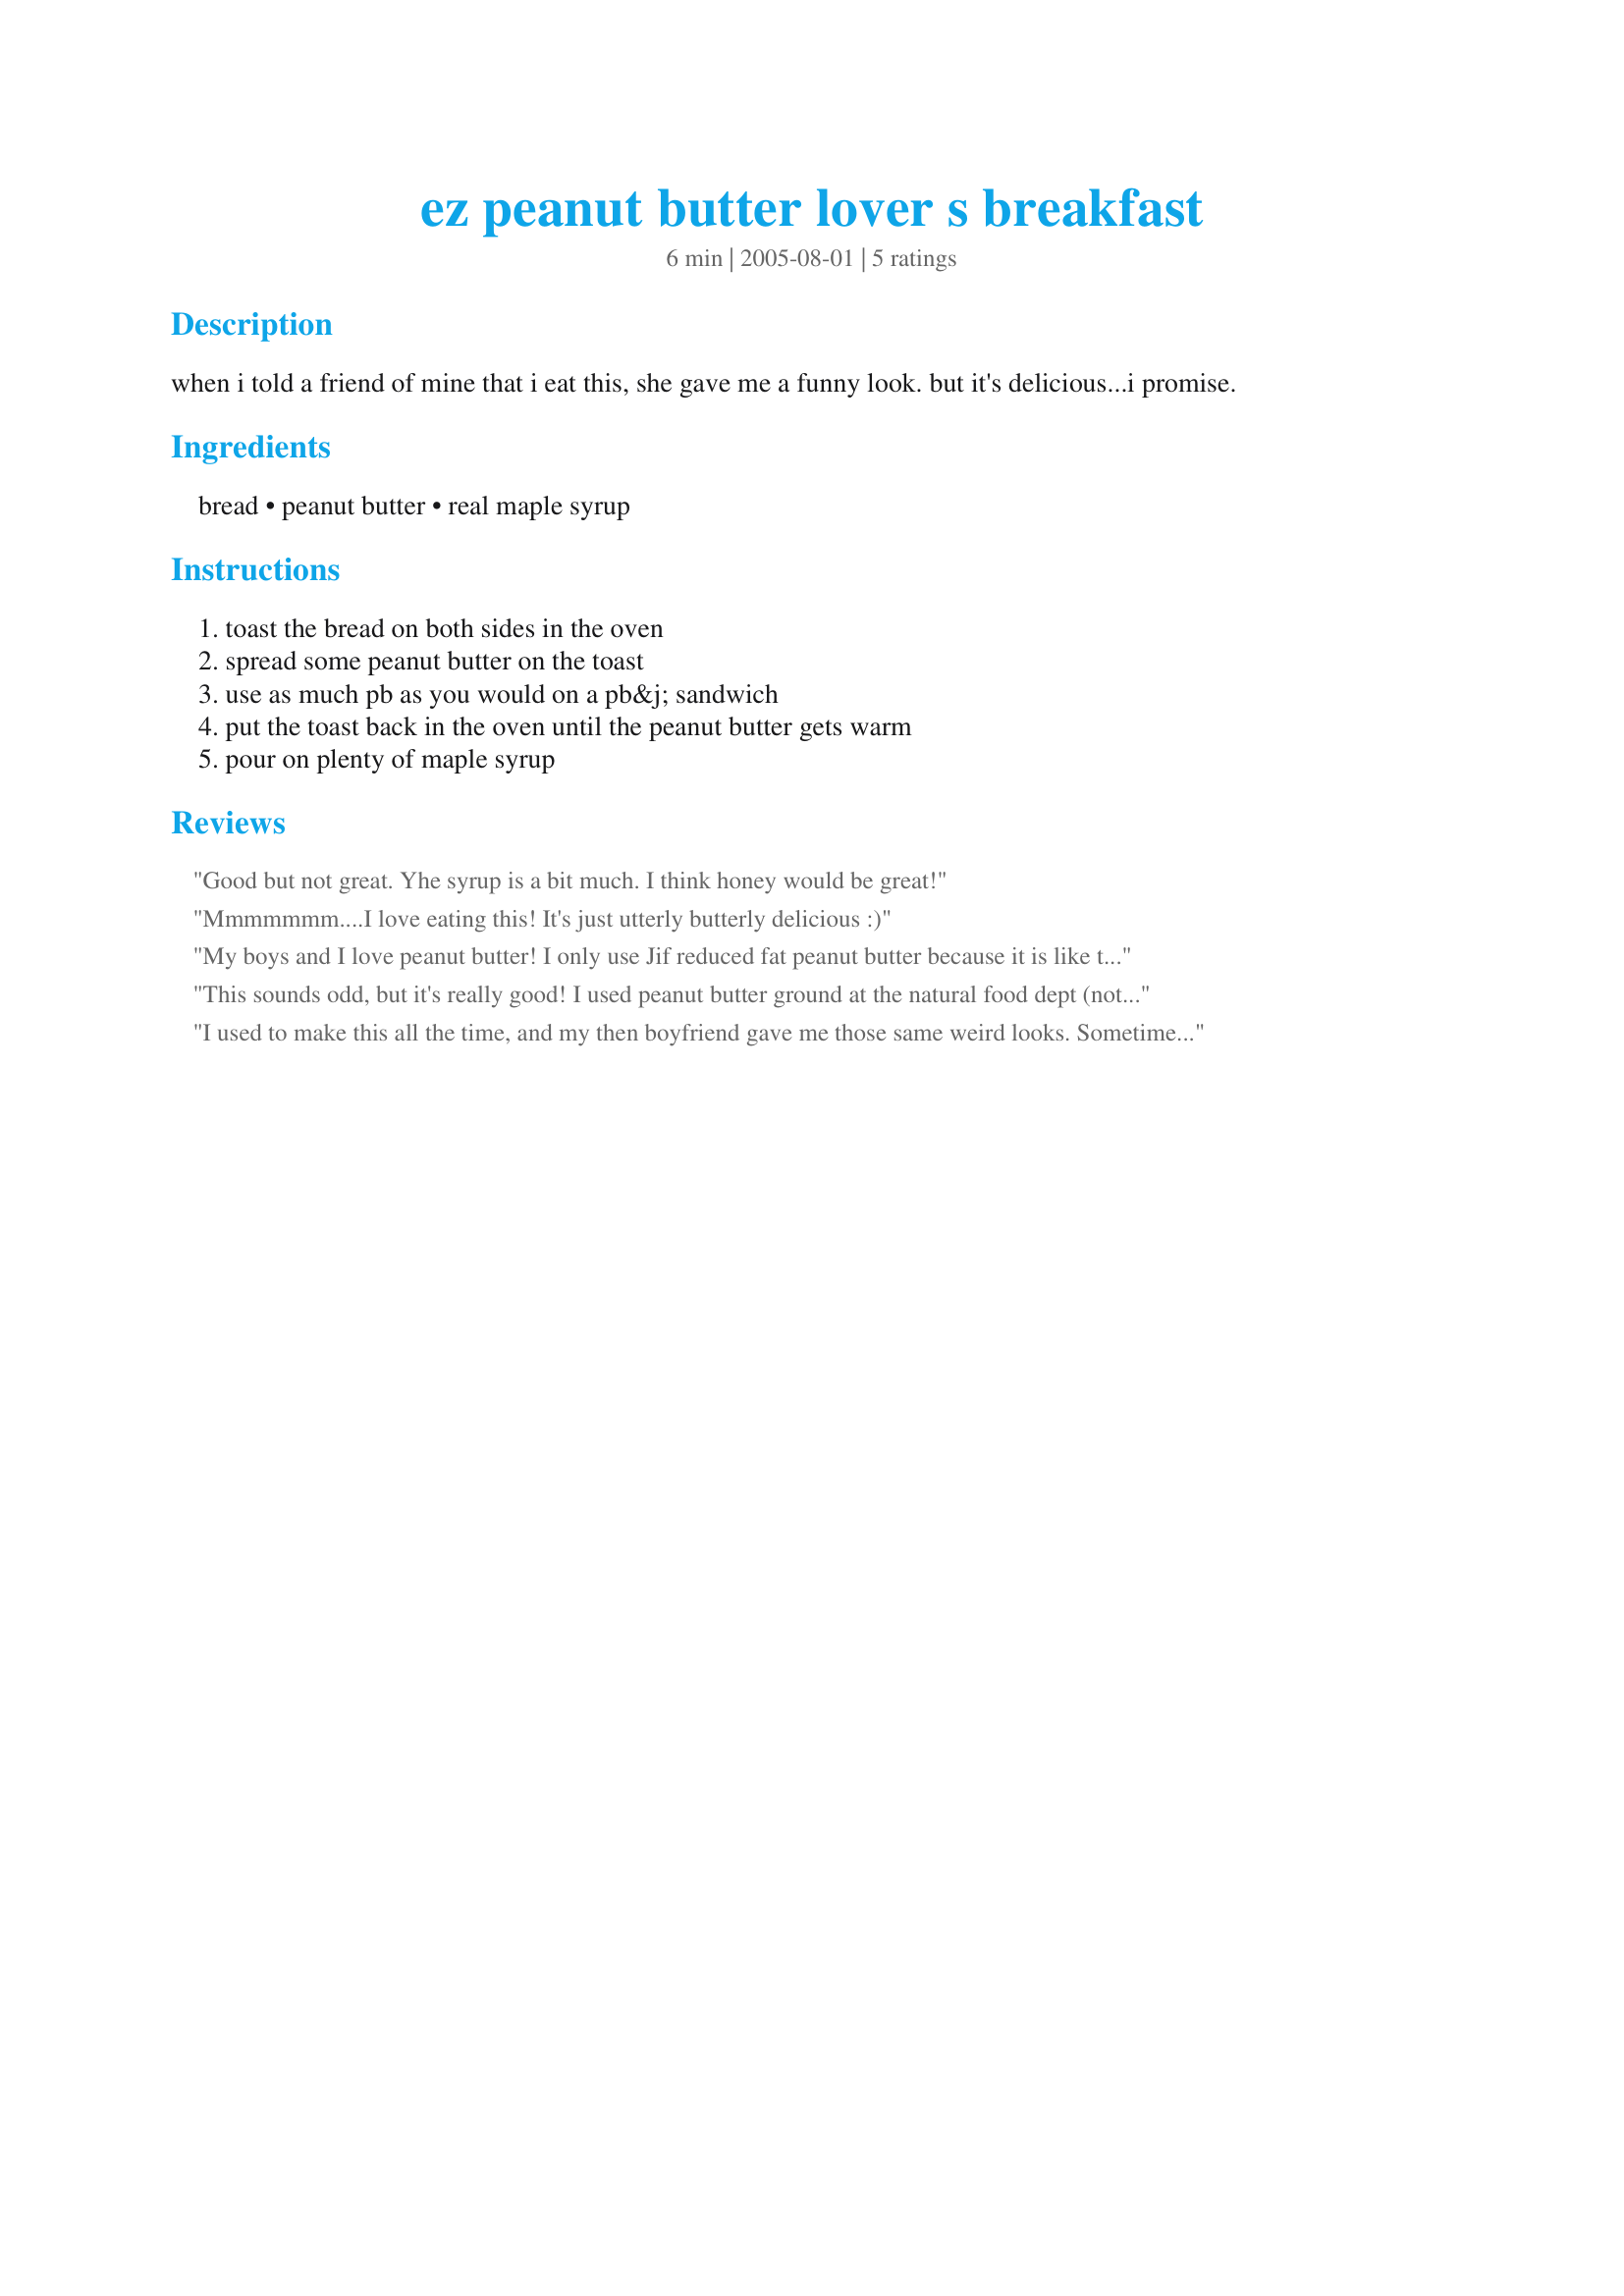
ez peanut butter lover s breakfast
Preparation time: 6 minutes

when i told a friend of mine that i eat this, she gave me a funny look. but it's delicious...i promise.

Ingredients:
bread, peanut butter, real maple syrup

Steps:
toast the bread on both sides in the oven, spread some peanut butter on the toast, use as much pb as you would on a pb&j sandwich, put the toast back in the oven until the peanut butter gets warm, pour on plenty of maple syrup

Reviews:
Good but not great. Yhe syrup is a bit much. I think honey would be great!
Mmmmmmm....I love eating this! It's just utterly butterly delicious :)
My boys and I love peanut butter! I only use Jif reduced fat peanut butter because it is like the PB I grew up on in the 70&#039;s, before they made it more spreadable by adding more oil. I think it is the &quot;peanutiest&quot; of the major brands too.&lt;br/&gt;&lt;br/&gt;Amazing flavor for such an easy to prepare meal.
This sounds odd, but it's really good! I used peanut butter ground at the natural food dept (nothing but peanuts, real maple syrup and homemade bread; what's not to be great!?
I used to make this all the time, and my then boyfriend gave me those same weird looks. Sometimes I threw in a banana or a sprinkling of granola too.
